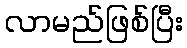
လာမည်ဖြစ်ပြီး